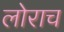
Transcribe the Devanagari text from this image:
लोराच